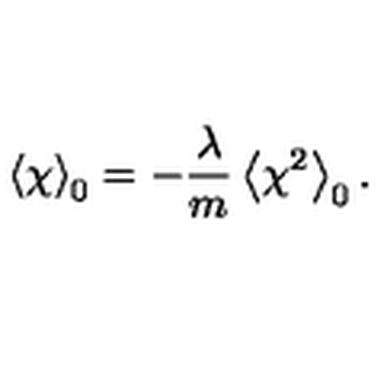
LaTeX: \left\langle \chi \right\rangle _ { 0 } = - \frac { \lambda } { m } \left\langle \chi ^ { 2 } \right\rangle _ { 0 } .